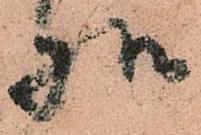
様